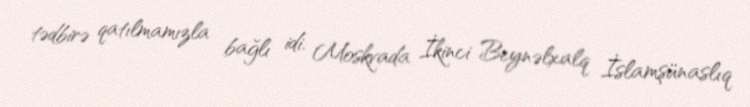
tədbirə qatılmamızla bağlı idi. Moskvada İkinci Beynəlxalq İslamşünaslıq